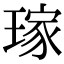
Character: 𤨎